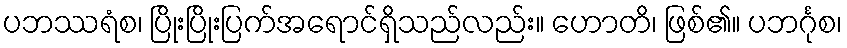
ပဘဿရံစ၊ ပြိုးပြိုးပြက်အရောင်ရှိသည်လည်း။ ဟောတိ၊ ဖြစ်၏။ ပဘင်္ဂုစ၊